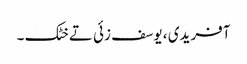
آفریدی ، یوسف زئی تے خٹک ۔